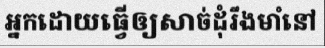
អ្នកដោយធ្វើឲ្យសាច់ដុំរឹងមាំនៅ